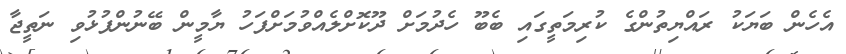
އެހެން ބަޔަކު ރައްޔިތުންގެ ކުރިމަތީގައި ބެބޫ ހެދުމަށް ދޫކޮށްލެއްވުމަށްފަހު ޔާމީން ބޭނުންފުޅުވި ނަތީޖާ